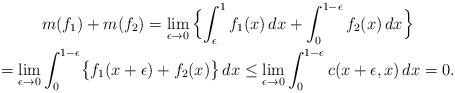
LaTeX: \begin{gather*}m(f_1)+m(f_2)=\lim_{\epsilon\rightarrow 0}\,\Bigl\{\int_\epsilon^1f_1(x)\,dx+\int_0^{1-\epsilon}f_2(x)\,dx\Bigr\}\\=\lim_{\epsilon\rightarrow 0}\int_0^{1-\epsilon}\bigl\{f_1(x+\epsilon)+f_2(x)\bigr\}\,dx\le\lim_{\epsilon\rightarrow 0}\int_0^{1-\epsilon}c(x+\epsilon,x)\,dx=0.\end{gather*}